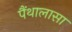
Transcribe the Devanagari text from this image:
पैंथालासा